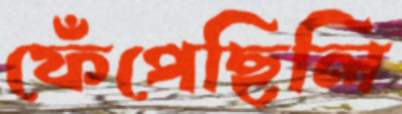
ফেঁপেছিলি